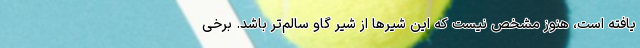
یافته است، هنوز مشخص نیست که این شیر‌ها از شیر گاو سالم‌تر باشد. برخی